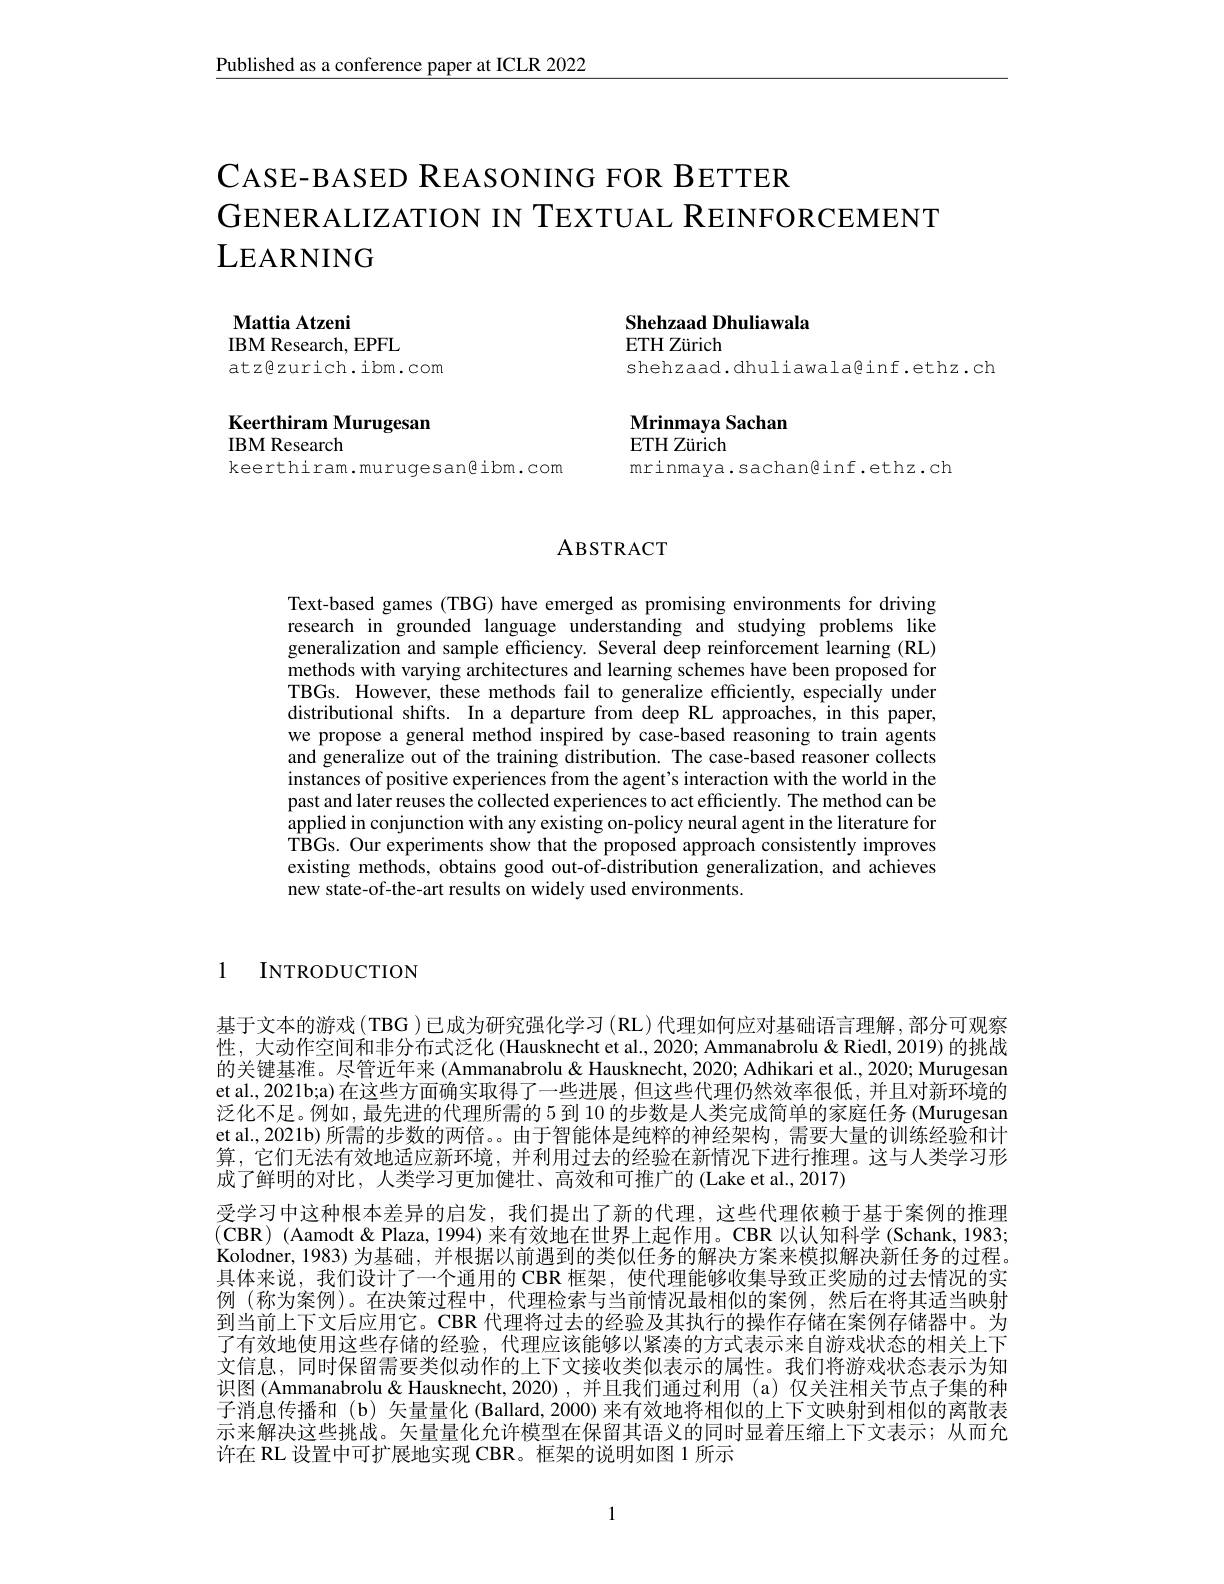
$\underline{\text{Published as a conference paper at ICLR 2022}}$

CASE-BASED REASONING FOR BETTER
GENERALIZATION IN TEXTUAL REINFORCEMENT
LEARNING

Mattia Atzeni
IBM Research, EPFL
atzêzurich.ibm.com

Shehzaad Dhuliawala
ETH Zürich
shehzaad.dhuliawala@inf.ethz.ch

Keerthiram Murugesan
IBM Research

Mrinmaya Sachan
ETH Zürich
mrinmaya.sachan@inf.ethz.ch

keerthiram.murugesangibm.com

## ABSTRACT

Text-based games (TBG) have emerged as promising environments for driving research in grounded language understanding and studying problems like generalization and sample efficiency. Several deep reinforcement learning (RL) methods with varying architectures and learning schemes have been proposed for TBGs. However, these methods fail to generalize efficiently, especially under distributional shifts. In a departure from deep RL approaches, in this paper, we propose a general method inspired by case-based reasoning to train agents and generalize out of the training distribution. The case-based reasoner collects instances of positive experiences from the agent's interaction with the world in the past and later reuses the collected experiences to act efficiently. The method can be applied in conjunction with any existing on-policy neural agent in the literature for TBGs. Our experiments show that the proposed approach consistently improves existing methods, obtains good out-of-distribution generalization, and achieves new state-of-the-art results on widely used environments.

1

$INTRODUCTION$

基于文本的游戏(TBG )已成为研究强化学习(RL)代理如何应对基础语言理解，部分可观察性，大动作空间和非分布式泛化 (Hausknecht et al., 2020; Ammanabrolu & Riedl, 2019) 的挑战的关键基准。尽管近年来 (Ammanabrolu& Hausknecht, 2020; Adhikari et al., 2020; Murugesan et al, 2021b;a) 在这些方面确实取得了一些进展，但这些代理仍然效率很低，并且对新环境的泛化不足。例如，最先进的代理所需的 5 到 10 的步数是人类完成简单的家庭任务 (Murugesan et al., 2021b) 所需的步数的两倍。。由于智能体是纯粹的神经架构，需要大量的训练经验和计算，它们无法有效地适应新环境，并利用过去的经验在新情况下进行推理。这与人类学习形成了鲜明的对比，人类学习更加健壮、高效和可推广的(Lake et al.,2017)
受学习中这种根本差异的启发，我们提出了新的代理，这些代理依赖于基于案例的推理$(\mathbf{CBR})$ (Aamodt &Plaza, 1994) 来有效地在世界上起作用。CBR 以认知科学 (Schank, 1983; Kolodner,1983)为基础，并根据以前遇到的类似任务的解决方案来模拟解决新任务的过程。具体来说，我们设计了一个通用的 CBR 框架，使代理能够收集导致正奖励的过去情况的实例 (称为案例)。在决策过程中，代理检索与当前情况最相似的案例，然后在将其适当映射到当前上下文后应用它。CBR 代理将过去的经验及其执行的操作存储在案例存储器中。为了有效地使用这些存储的经验，代理应该能够以紧凑的方式表示来自游戏状态的相关上下文信息，同时保留需要类似动作的上下文接收类似表示的属性。我们将游戏状态表示为知识图(Ammanabrolu& Hausknecht, 2020),并且我们通过利用 (a)仅关注相关节点子集的种子消息传播和 (b) 矢量量化 (Ballard, 2000) 来有效地将相似的上下文映射到相似的离散表示来解决这些挑战。矢量量化允许模型在保留其语义的同时显着压缩上下文表示；从而允许在 RL 设置中可扩展地实现 CBR。框架的说明如图 1 所示

1